Plague in India, 1896, 1897 - Volume 1
Year: 1896
Disease focus: Plague
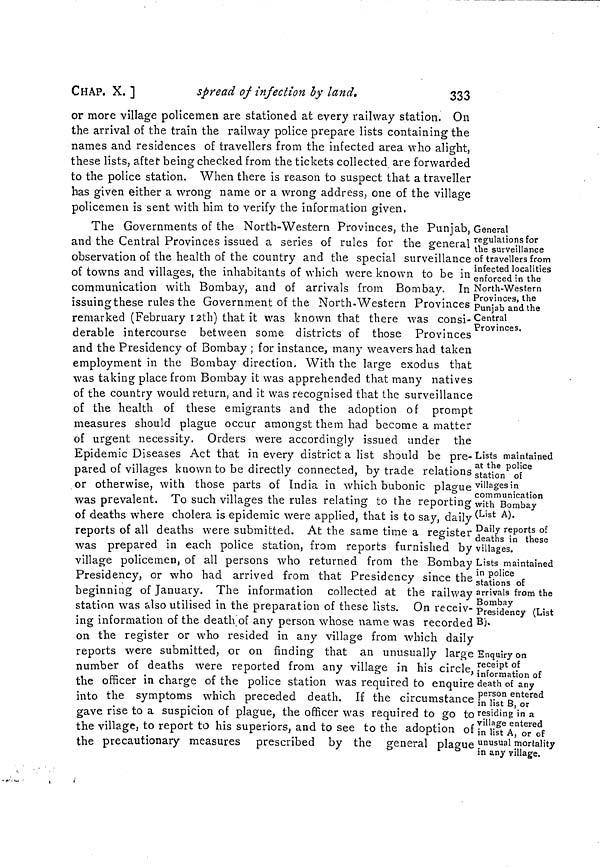
CHAP, X, ]
spread of infection by land.
333
or more village policemen are stationed at every railway station. On
the arrival of the train the railway police prepare lists containing the
names and residences of travellers from the infected area who alight,
these lists, after being checked from the tickets collected are forwarded
to the police station. When there is reason to suspect that a traveller
has given either a wrong name or a wrong address, one of the village
policemen is sent with him to verify the information given.
General
regulations for
the surveillance
of travellers from
infected localities
enforced in the
North-Western
Provinces, the
Punjab and the
Central
Provinces.
Lists maintained
at the police
station of
villages in
communication
with Bombay
(List A).
Daily reports of
deaths in these
villages.
Lists maintained
in police
stations of
arrivals from the
Bombay
Presidency (List
B).
Enquiry on
receipt of
information of
death of any
person entered
in list B, or
residing in a
village entered
in list A, or of
unusual mortality
in any village.
The Governments of the North-Western Provinces, the Punjab,
and the Central Provinces issued a series of rules for the general
observation of the health of the country and the special surveillance
of towns and villages, the inhabitants of which were known to be in
communication with Bombay, and of arrivals from Bombay. In
issuing these rules the Government of the North-Western Provinces
remarked (February 12th) that it was known that there was consi-
derable intercourse between some districts of those Provinces
and the Presidency of Bombay ; for instance, many weavers had taken
employment in the Bombay direction, With the large exodus that
was taking place from Bombay it was apprehended that many natives
of the country would return, and it was recognised that the surveillance
of the health of these emigrants and the adoption of prompt
measures should plague occur amongst them had become a matter
of urgent necessity. Orders were accordingly issued under the
Epidemic Diseases Act that in every district a list should be pre-
pared of villages known to be directly connected, by trade relations
or otherwise, with those parts of India in which bubonic plague
was prevalent. To such villages the rules relating to the reporting
of deaths where cholera is epidemic were applied, that is to say, daily
reports of all deaths were submitted. At the same time a register
was prepared in each police station, from reports furnished by
village policemen, of all persons who returned from the Bombay
Presidency, or who had arrived from that Presidency since the
beginning of January. The information collected at the railway
station was also utilised in the preparation of these lists. On receiv-
ing information of the death of any person whose name was recorded
on the register or who resided in any village from which daily
reports were submitted, or on finding that an unusually large
number of deaths were reported from any village in his circle,
the officer in charge of the police station was required to enquire
into the symptoms which preceded death. If the circumstance
gave rise to a suspicion of plague, the officer was required to go to
the village, to report to his superiors, and to see to the adoption of
the precautionary measures prescribed by the general plague